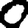
Digit: 0